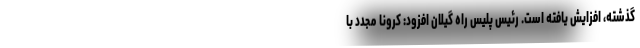
گذشته، افزایش یافته است. رئیس پلیس راه گیلان افزود: کرونا مجدد با